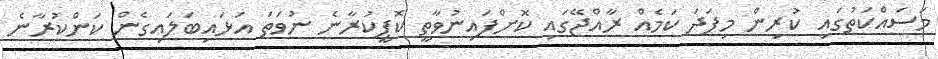
މަސައްކަތުގައި ކުރިން މިފަދަ ކަމެއް ރާއްޖޭގައި ކޮށްފައިނުވާތީ ކޮޕީކުރާނެ ނުވަތަ އަޅައިބަލައިގެން ކަންކުރާނެ